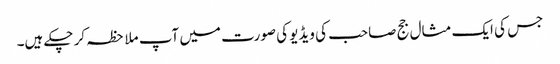
جس کی ایک مثال جج صاحب کی ویڈیو کی صورت میں آپ ملاحظہ کر چکے ہیں۔